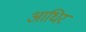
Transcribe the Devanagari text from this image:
आधिर